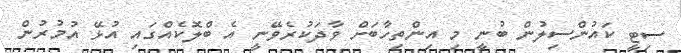
ސިޓީ ކައުންސިލުން ބުނީ މި އިންތިހާބަށް ވާދަކުރެވޭނީ އެ ބްލޮކެއްގައި އުޅޭ އުމުރުން